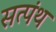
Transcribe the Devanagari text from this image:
सत्पंथ